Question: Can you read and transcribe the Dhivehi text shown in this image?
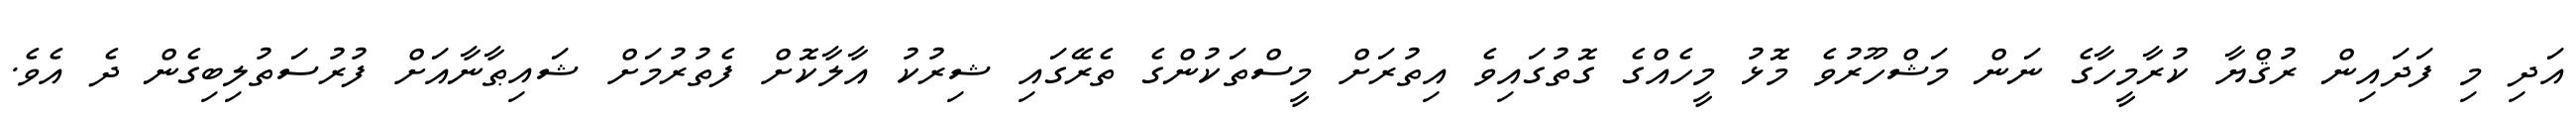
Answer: އަދި މި ފަދައިން ރުޤްޔާ ކުރާމީހާގެ ނަން މަޝްހޫރުވެ މޮޅު މީހެއްގެ ގޮތުގައިވެ އިތުރަށް މީސްތަކުންގެ ތެރޭގައި ޝިރުކު އާލާކޮށް ފެތުރުމަށް ޝައިޠާނާއަށް ފުރުސަތުލިބިގެން ދެ އެވެ.